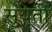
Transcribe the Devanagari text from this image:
सुयूती